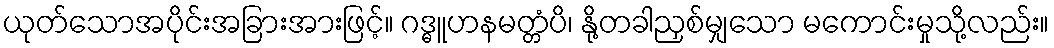
ယုတ်သောအပိုင်းအခြားအားဖြင့်။ ဂဒ္ဓူဟနမတ္တံပိ၊ နို့တခါညှစ်မျှသော မကောင်းမှုသို့လည်း။